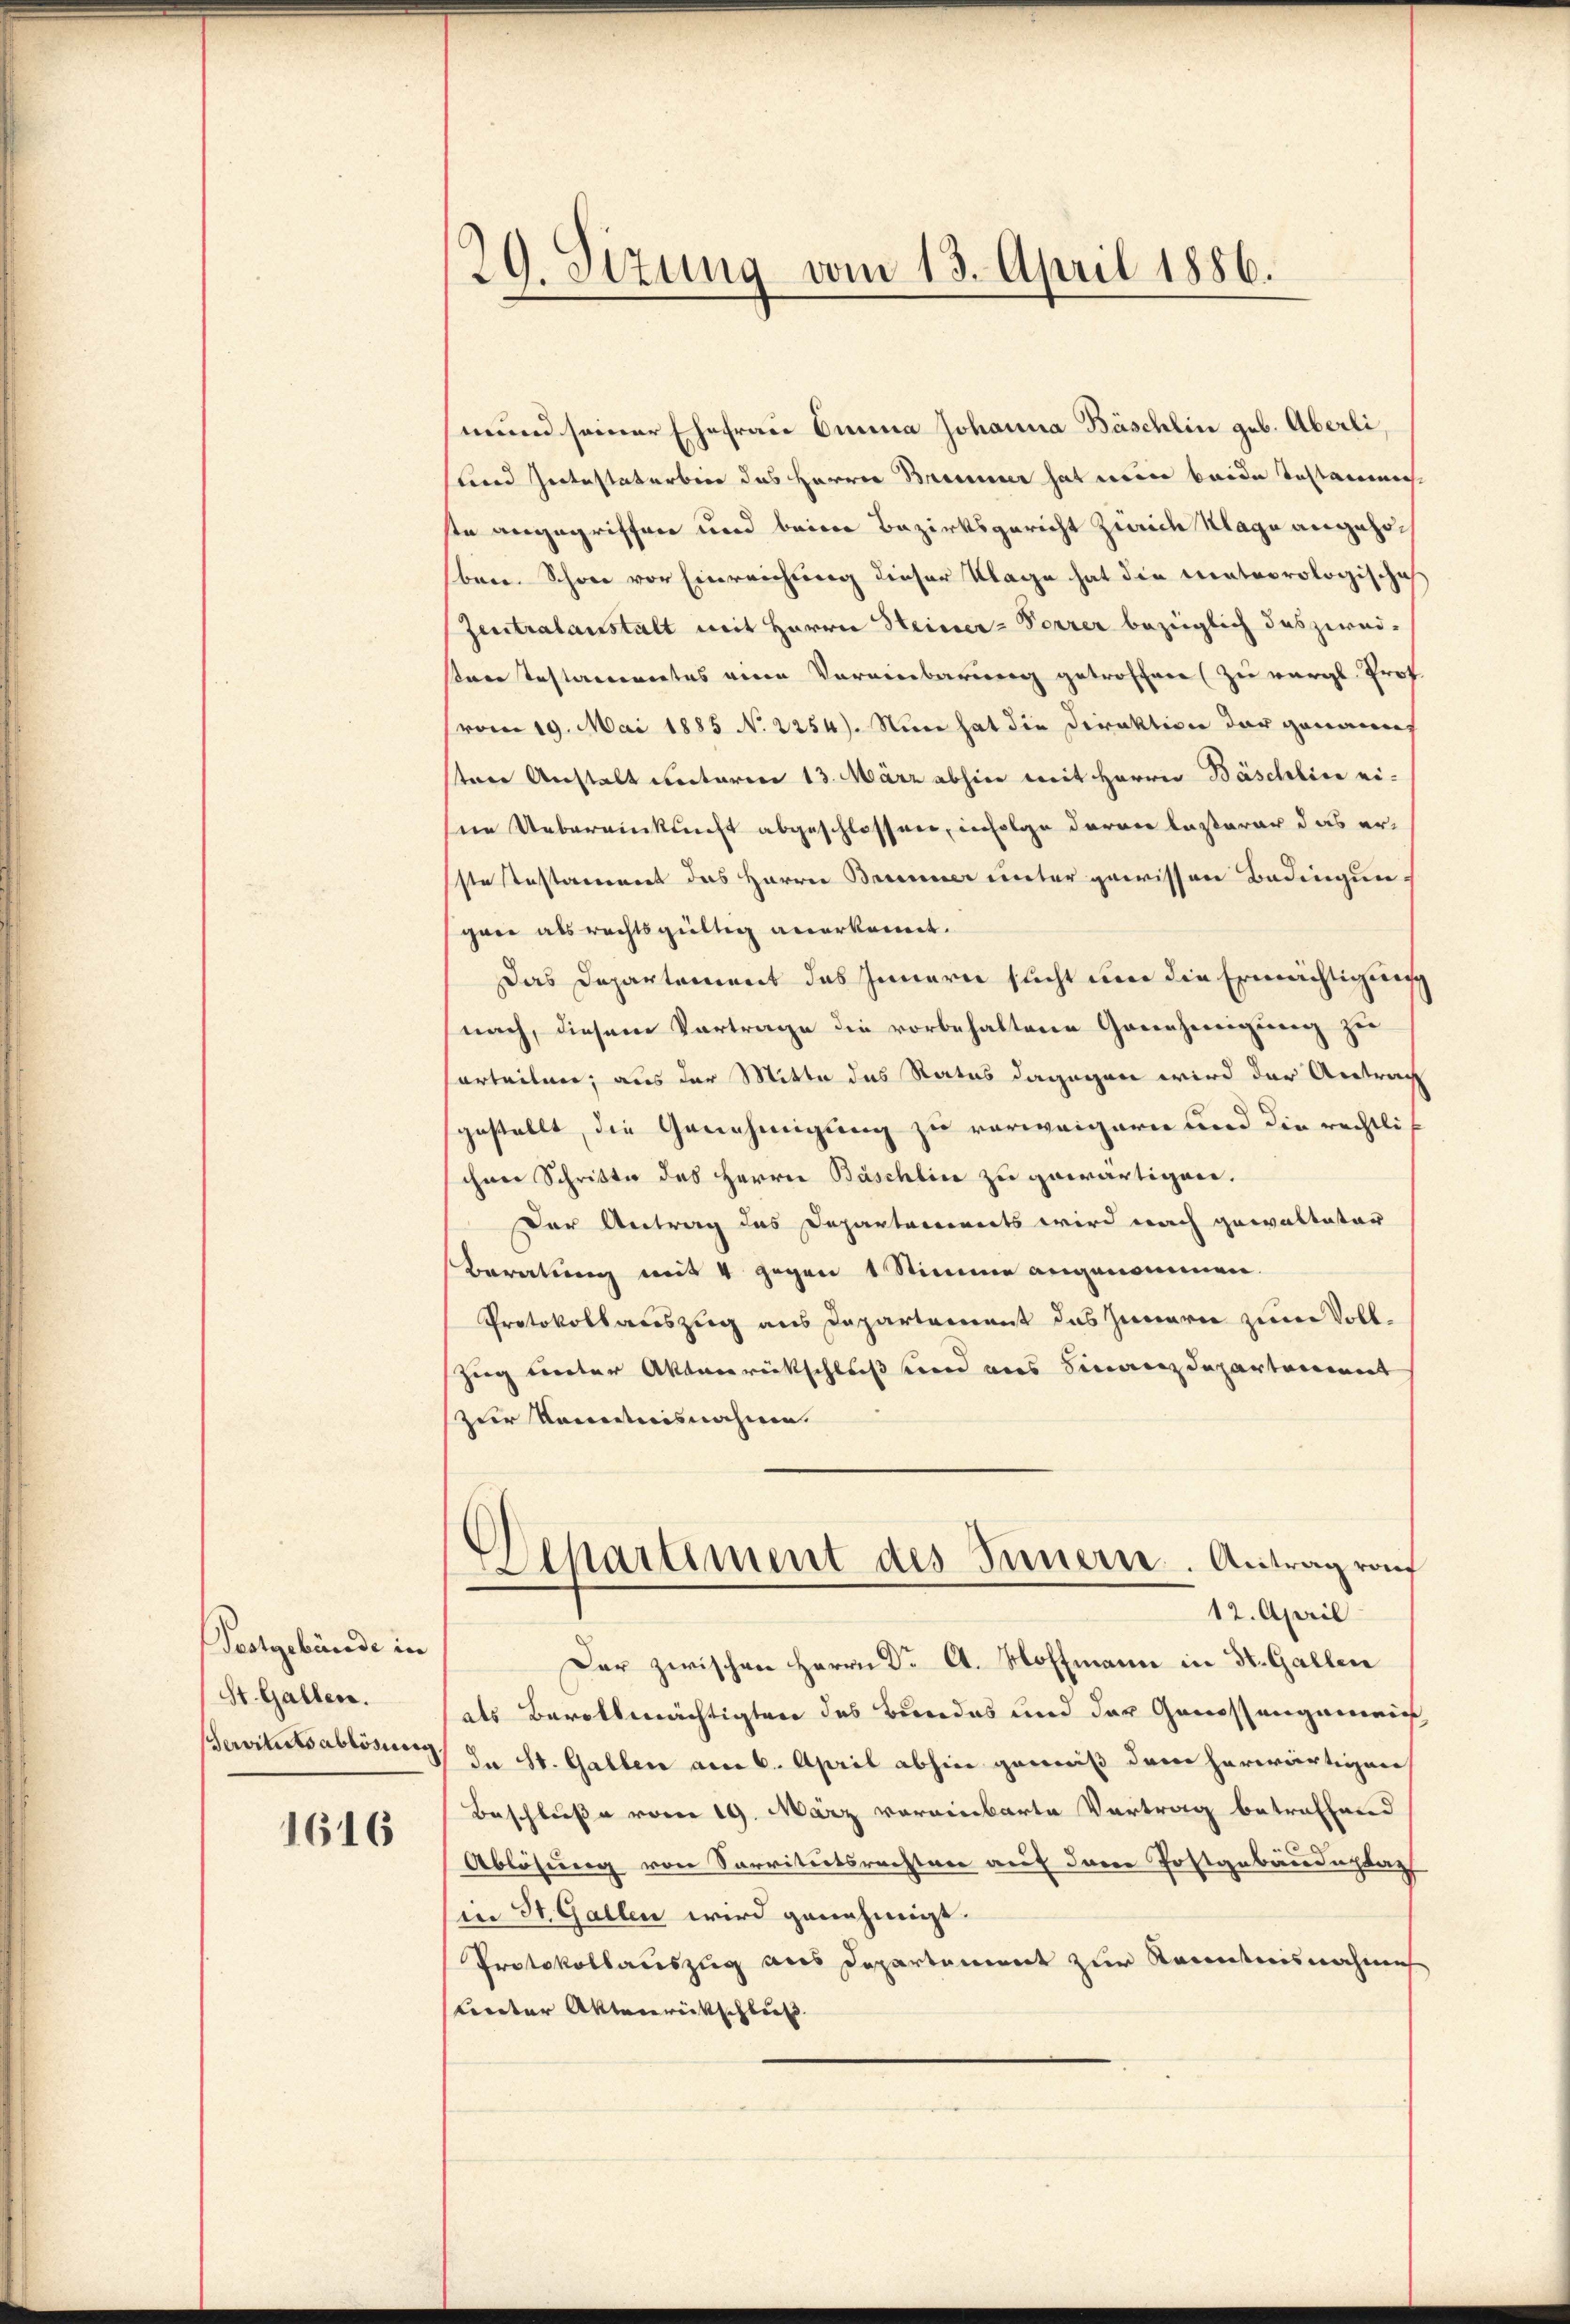
Pestgebäude in
St. Gallen.
Servituts ablösung

1616

29. Sizung vom 13. April 1886.

mund seiner Ehefrau Omina Johanna Bäschlin geb. Aberli,
sund Intestaterbier das Herrn Brunner hat mine beide Testammen
ste angegriffen und beim Bezirksgericht Zürich Klage angehöben. Schon vor Einreichung dieser Klage hat die Mateorologischaf
Zentralanstalt mit Herrn Heiner-Vorrer bezüglich das zwei-
santestamentes eine Vereinbarung getroffen (zu vergl. Prof.
vom 19. Mai 1885 No 2254). Nun hat die Direktion der genannt
sten Anstalt unterm 13. März abhin mit Herrn Bäschlin ei-
en Uebereinkunft abgeschlossen, infolge daran lasserer das erste testament das Harren Brenner unter gewissen Bedingungan als rechtsgültig anerkennt.
Das Departement das Innern sucht um die Ermächtigung
nach, diesem Vortrage die vorbehaltene Genehmigung zu
sorteilen; aus der Mitte des Rates dagegen wird der Antrag
gestellt, die Genehmigung zu verweigern und die rechtli
chen Schritte des Herrn Bäschlin zu gewärtigen.
Der Antrag des Departements wird nach gewaltater
Beratung mit 4 gegen 1 Stimme angenommen.
Protokollauszug aus Departement das Innern zum Voll¬
Zug unter Aktenrückschluß und aus Finanzdepartement
zur Kenntnisnahme.
Separtiment des Innern. Antrag raf
12. April
Der zwischen Herrn Dr A. Hoffmann in St. Gallen
als Bevollmächtigten des Bundes und der Genossengemein
Ia St. Gallen am 6. April abhin gewiß dem herwärtigen
Beschluße vom 19. März voreinbarte Vertrag betreffend
Ablösung von Sarritätsrechter auf den Postgebäudeptat
in St. Gallen wird genehmigt.
Protokollauszug aus Departement zur Kenntnisnahme
Unter Aktenrückschluß